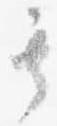
其